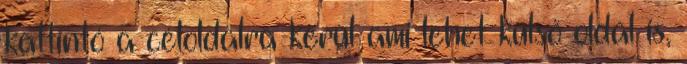
kattintó a céloldalra kerül ami lehet külső oldal is,